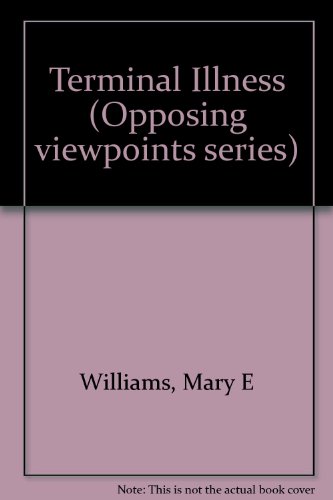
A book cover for Opposing Viewpoints Series - Terminal Illness (hardcover edition); Mary E. Williams; Teen & Young Adult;